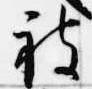
被